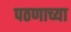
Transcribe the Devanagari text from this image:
पठणाच्या